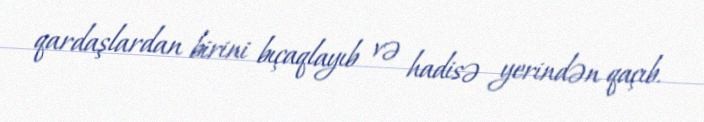
qardaşlardan birini bıçaqlayıb və hadisə yerindən qaçıb.